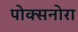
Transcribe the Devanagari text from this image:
पोक्सनोरा